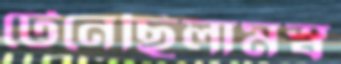
টেনেছিলামস্ব